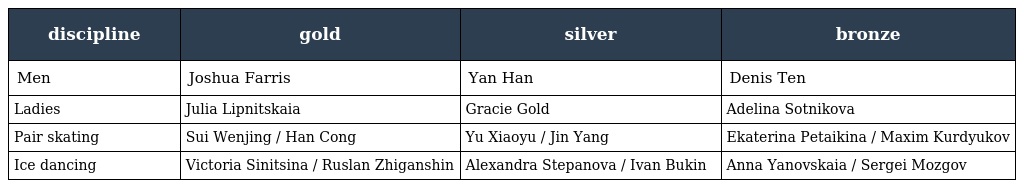
| discipline | gold | silver | bronze |
 | --- | --- | --- | --- |
 | Men | Joshua Farris | Yan Han | Denis Ten |
 | Ladies | Julia Lipnitskaia | Gracie Gold | Adelina Sotnikova |
 | Pair skating | Sui Wenjing / Han Cong | Yu Xiaoyu / Jin Yang | Ekaterina Petaikina / Maxim Kurdyukov |
 | Ice dancing | Victoria Sinitsina / Ruslan Zhiganshin | Alexandra Stepanova / Ivan Bukin | Anna Yanovskaia / Sergei Mozgov |